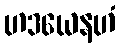
ဟဒယေနဟံ